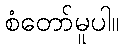
စံတော်မူပါ။